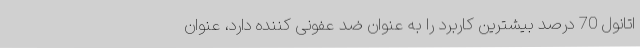
اتانول 70 درصد بیشترین کاربرد را به عنوان ضد عفونی کننده دارد، عنوان